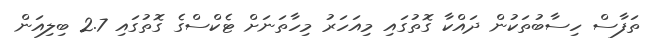
ތަފާސް ހިސާބުތަކުން ދައްކާ ގޮތުގައި މިއަހަރު މިހާތަނަށް ޓެކްސްގެ ގޮތުގައި 2.7 ބިލިއަން